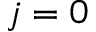
j = 0